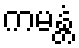
ကမန္တံ